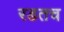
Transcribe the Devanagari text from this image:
रडतच